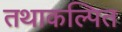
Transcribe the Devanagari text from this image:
तथाकल्पित